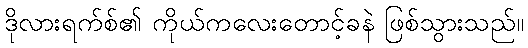
ဒိုလားရက်စ်၏ ကိုယ်ကလေးတောင့်ခနဲ ဖြစ်သွားသည်။